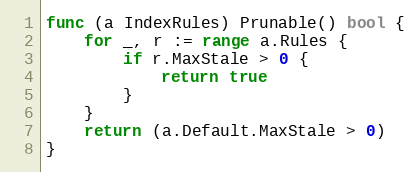
Language: Go
func (a IndexRules) Prunable() bool {
	for _, r := range a.Rules {
		if r.MaxStale > 0 {
			return true
		}
	}
	return (a.Default.MaxStale > 0)
}